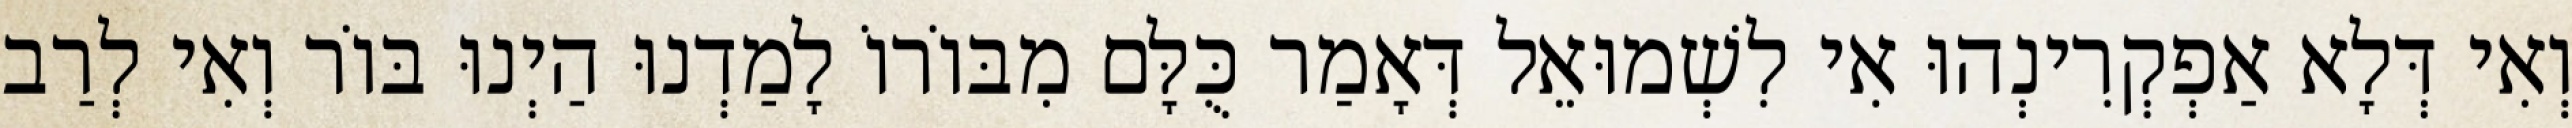
וְאִי דְּלָא אַפְקְרִינְהוּ אִי לִשְׁמוּאֵל דְּאָמַר כֻּלָּם מִבּוֹרוֹ לָמַדְנוּ הַיְנוּ בּוֹר וְאִי לְרַב